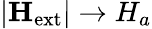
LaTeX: |{\mathbf{H}_{\mathrm{ext}}}|\to H_{a}